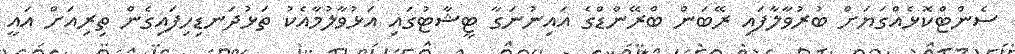
ސެންޓްކޮޅެއްގަޔަށް ބުރުވާލާފައި ރޭބަން ބްރޭންޑްގެ އައިނުނަގާ ޓީޝާޓުގައި އަޅުވާލުމާއެކު ތަޅުދަނޑިހިފައިގެން ތިރިއަށް އައީ